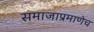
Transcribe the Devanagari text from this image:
समाजाप्रमाणेच